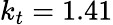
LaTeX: k_{t}=1.41